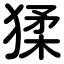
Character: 猱